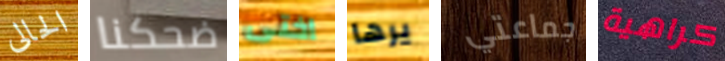
الحالى ضحكنا اختى يرها جماعتي كراهية